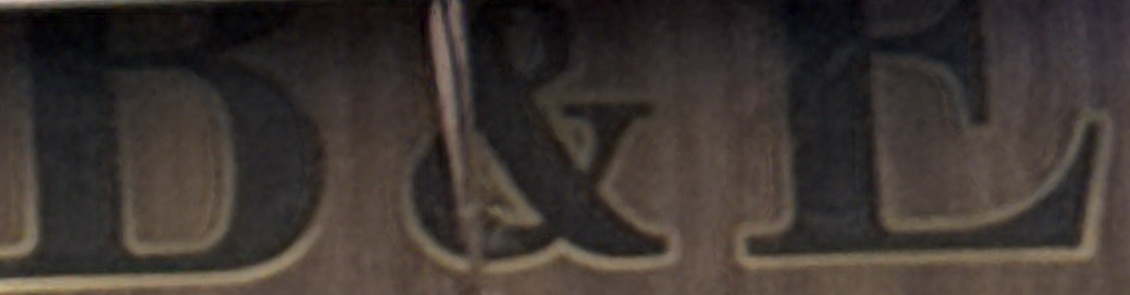
B&E